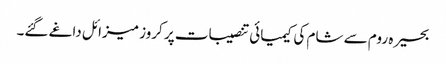
بحیرہ روم سے شام کی کیمیائی تنصیبات پر کروز میزائل داغے گئے۔